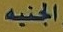
الجنيه